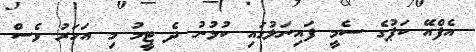
އެފްއޭ ކަޕުގެ ސެމީ ފައިނަލުގައި ކުޅުނު ދެ ޓީމު މި އަހަރު ވެސް